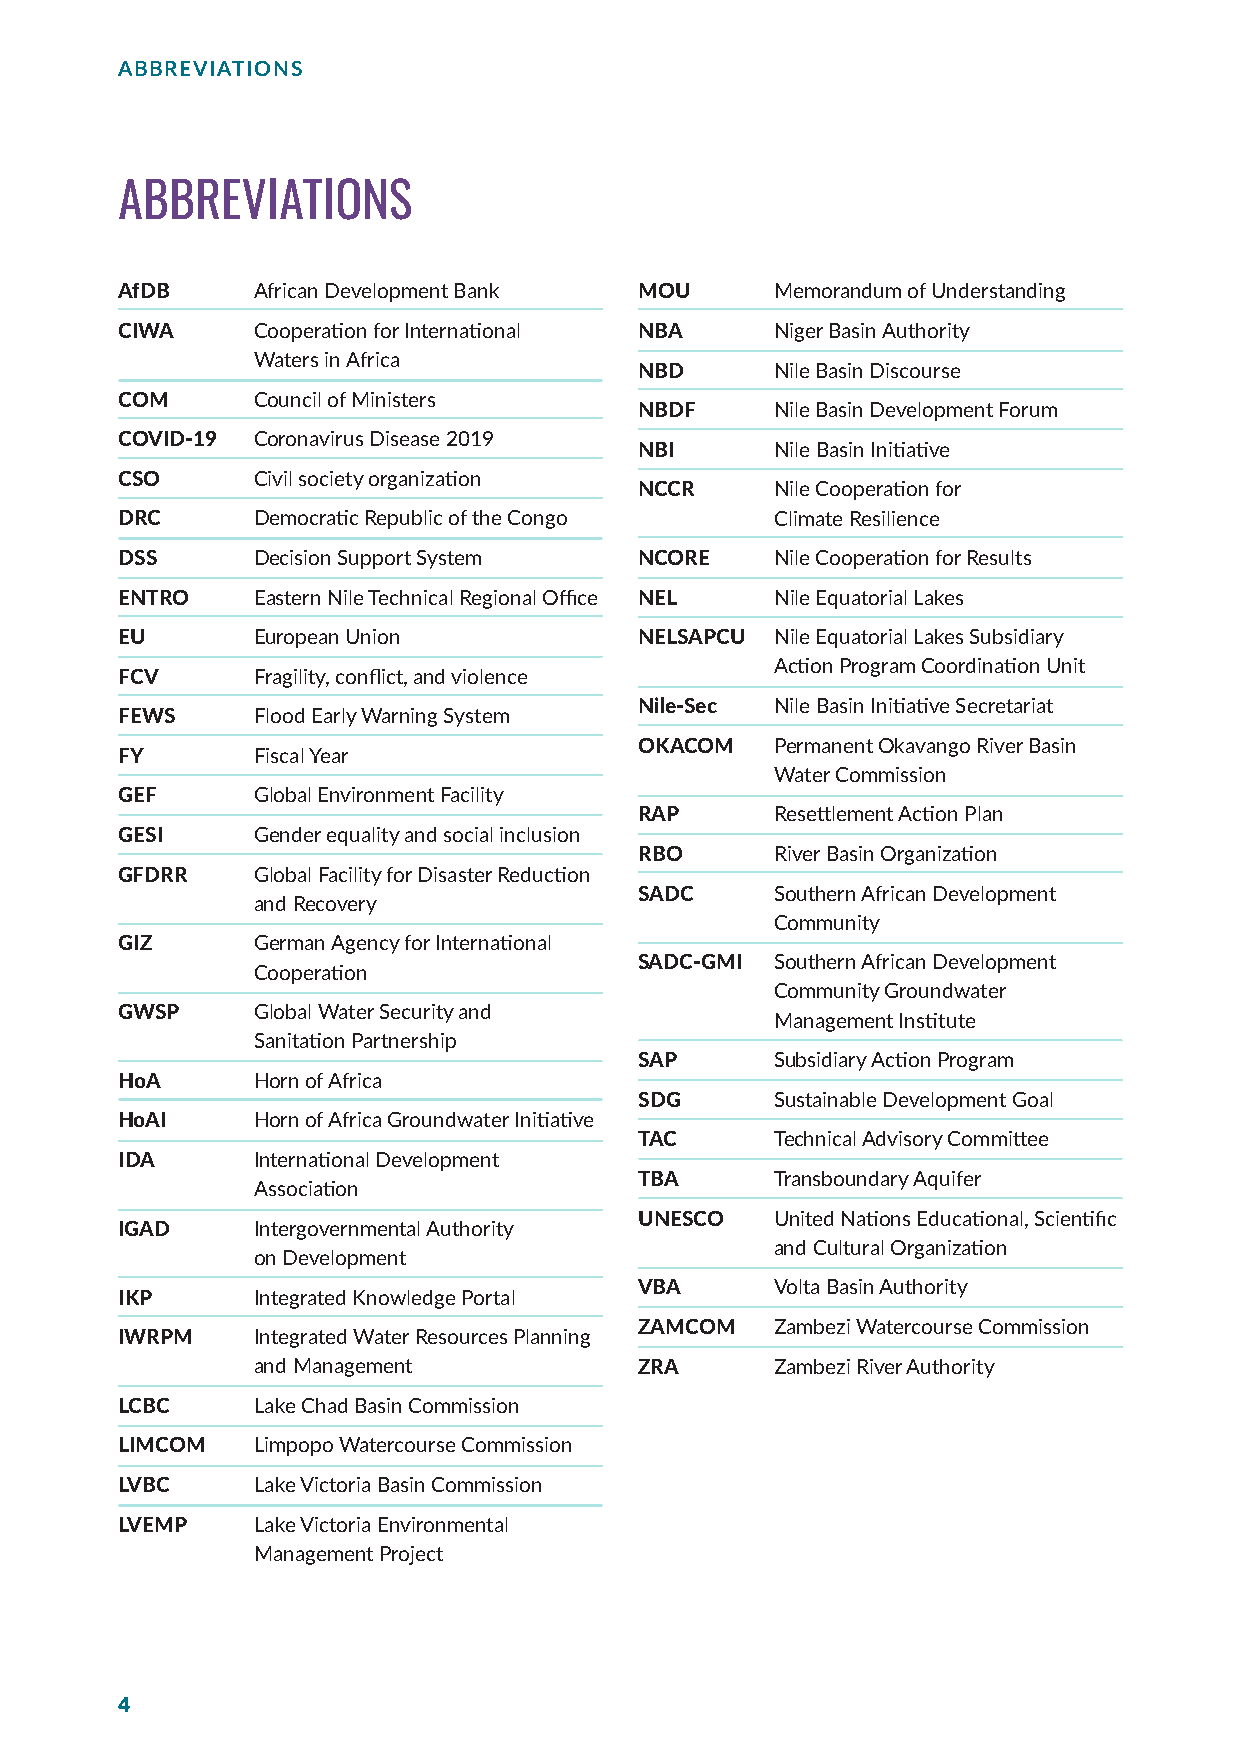
ABBREVIATIONS
 ABBREVIATIONS
 AfDB     African Development Bank MOU      Memorandum of Understanding
 CIWA     Cooperation for International NBA Niger Basin Authority
 Waters in Africa
 NBD      Nile Basin Discourse
 COM      Council of Ministers
 NBDF     Nile Basin Development Forum
 COVID-19 Coronavirus Disease 2019
 NBI      Nile Basin Initiative
 CSO      Civil society organization
 NCCR     Nile Cooperation for
 DRC      Democratic Republic of the Congo  Climate Resilience
 DSS      Decision Support System  NCORE    Nile Cooperation for Results
 ENTRO    Eastern Nile Technical Regional Office NEL Nile Equatorial Lakes
 EU       European Union           NELSAPCU Nile Equatorial Lakes Subsidiary
 Action Program Coordination Unit
 FCV      Fragility, conflict, and violence
 Nile-Sec Nile Basin Initiative Secretariat
 FEWS     Flood Early Warning System
 OKACOM   Permanent Okavango River Basin
 FY       Fiscal Year
 Water Commission
 GEF      Global Environment Facility
 RAP      Resettlement Action Plan
 GESI     Gender equality and social inclusion
 RBO      River Basin Organization
 GFDRR    Global Facility for Disaster Reduction
 SADC     Southern African Development
 and Recovery
 Community
 GIZ      German Agency for International
 SADC-GMI Southern African Development
 Cooperation
 Community Groundwater
 GWSP     Global Water Security and
 Management Institute
 Sanitation Partnership
 SAP      Subsidiary Action Program
 HoA      Horn of Africa
 SDG      Sustainable Development Goal
 HoAI     Horn of Africa Groundwater Initiative
 TAC      Technical Advisory Committee
 IDA      International Development
 TBA      Transboundary Aquifer
 Association
 UNESCO   United Nations Educational, Scientific
 IGAD     Intergovernmental Authority
 and Cultural Organization
 on Development
 VBA      Volta Basin Authority
 IKP      Integrated Knowledge Portal
 ZAMCOM   Zambezi Watercourse Commission
 IWRPM    Integrated Water Resources Planning
 and Management           ZRA      Zambezi River Authority
 LCBC     Lake Chad Basin Commission
 LIMCOM   Limpopo Watercourse Commission
 LVBC     Lake Victoria Basin Commission
 LVEMP    Lake Victoria Environmental
 Management Project
 4